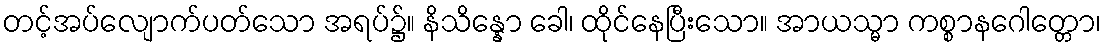
တင့်အပ်လျောက်ပတ်သော အရပ်၌။ နိသိန္နော ခေါ၊ ထိုင်နေပြီးသော။ အာယသ္မာ ကစ္စာနဂေါတ္တော၊